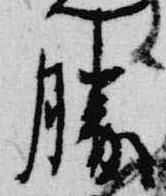
勝